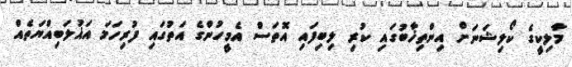
މާލިކީގެ ކޯލިޝަނަށް އިންތިޚާބުގައި ކުރި ލިބިފައި އޮތަސް އެމީހުންގެ އަތުގައި ފުރިހަމަ އަޣުލަބިއްޔަތެއް